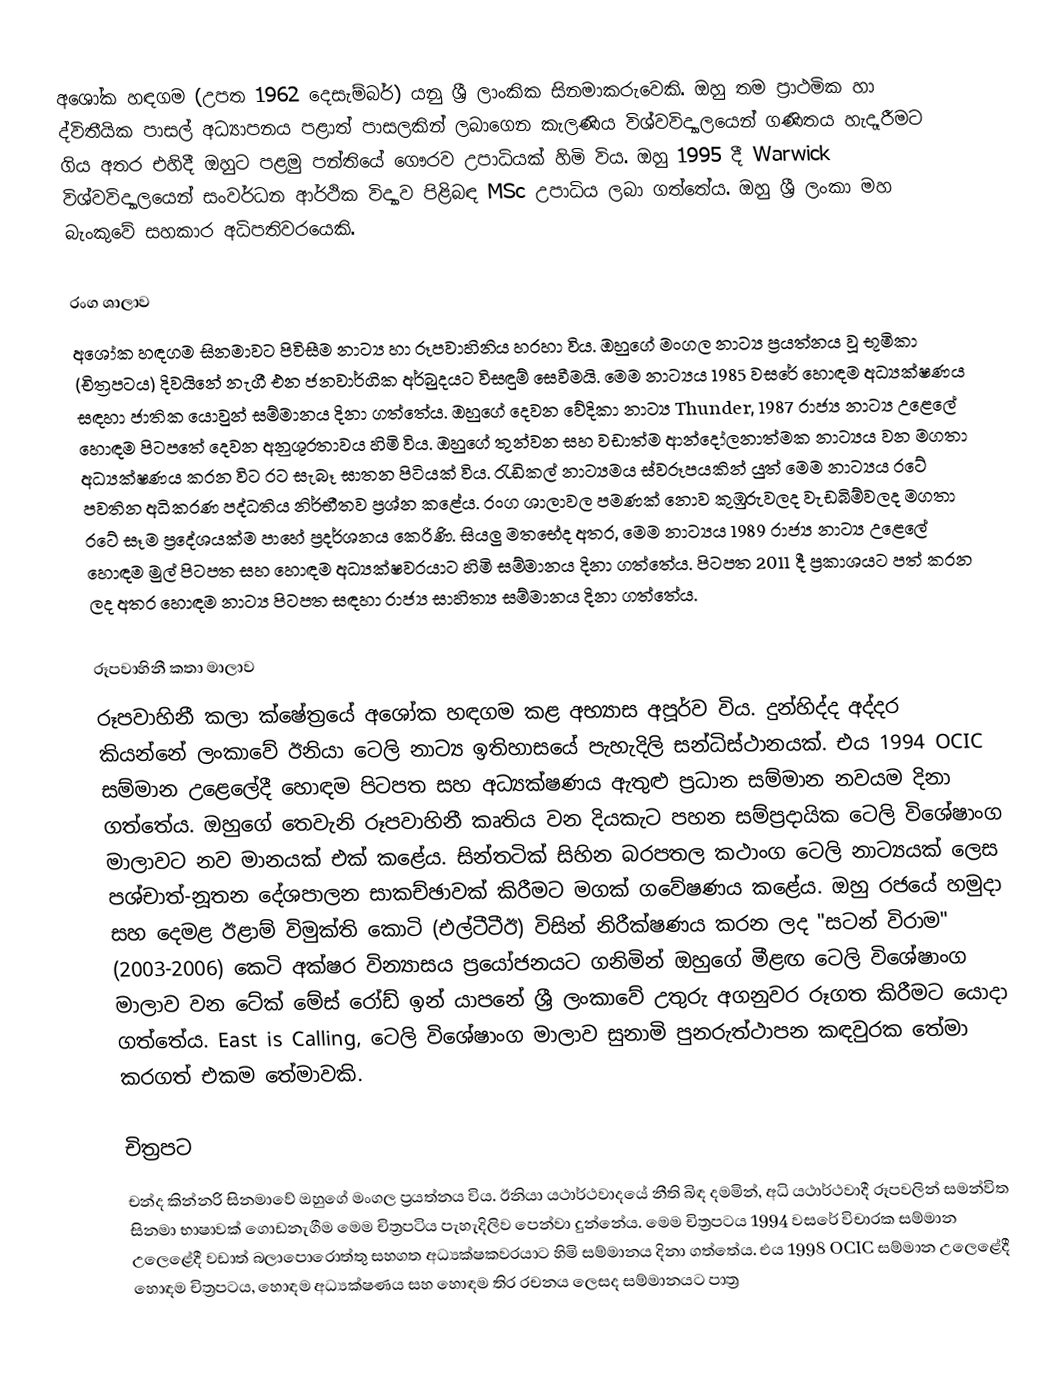
අශෝක හඳගම (උපත 1962 දෙසැම්බර්) යනු ශ්‍රී ලාංකික සිනමාකරුවෙකි. ඔහු තම ප්‍රාථමික හා ද්විතීයික පාසල් අධ්‍යාපනය පළාත් පාසලකින් ලබාගෙන කැලණිය විශ්වවිද්‍යාලයෙන් ගණිතය හැදෑරීමට ගිය අතර එහිදී ඔහුට පළමු පන්තියේ ගෞරව උපාධියක් හිමි විය. ඔහු 1995 දී Warwick විශ්වවිද්‍යාලයෙන් සංවර්ධන ආර්ථික විද්‍යාව පිළිබඳ MSc උපාධිය ලබා ගත්තේය. ඔහු ශ්‍රී ලංකා මහ බැංකුවේ සහකාර අධිපතිවරයෙකි.

රංග ශාලාව
අශෝක හඳගම සිනමාවට පිවිසීම නාට්‍ය හා රූපවාහිනිය හරහා විය. ඔහුගේ මංගල නාට්‍ය ප්‍රයත්නය වූ භූමිකා (චිත්‍රපටය) දිවයිනේ නැගී එන ජනවාර්ගික අර්බුදයට විසඳුම් සෙවීමයි. මෙම නාට්‍යය 1985 වසරේ හොඳම අධ්‍යක්ෂණය සඳහා ජාතික යොවුන් සම්මානය දිනා ගත්තේය. ඔහුගේ දෙවන වේදිකා නාට්‍ය Thunder, 1987 රාජ්‍ය නාට්‍ය උළෙලේ හොඳම පිටපතේ දෙවන අනුශූරතාවය හිමි විය. ඔහුගේ තුන්වන සහ වඩාත්ම ආන්දෝලනාත්මක නාට්‍යය වන මගතා අධ්‍යක්ෂණය කරන විට රට සැබෑ ඝාතන පිටියක් විය. රැඩිකල් නාට්‍යමය ස්වරූපයකින් යුත් මෙම නාට්‍යය රටේ පවතින අධිකරණ පද්ධතිය නිර්භීතව ප්‍රශ්න කළේය. රංග ශාලාවල පමණක් නොව කුඹුරුවලද වැඩබිම්වලද මගතා රටේ සෑම ප්‍රදේශයක්ම පාහේ ප්‍රදර්ශනය කෙරිණි. සියලු මතභේද අතර, මෙම නාට්‍යය 1989 රාජ්‍ය නාට්‍ය උළෙලේ හොඳම මුල් පිටපත සහ හොඳම අධ්‍යක්ෂවරයාට හිමි සම්මානය දිනා ගත්තේය. පිටපත 2011 දී ප්‍රකාශයට පත් කරන ලද අතර හොඳම නාට්‍ය පිටපත සඳහා රාජ්‍ය සාහිත්‍ය සම්මානය දිනා ගත්තේය.

රූපවාහිනී කතා මාලාව
රූපවාහිනී කලා ක්ෂේත්‍රයේ අශෝක හඳගම කළ අභ්‍යාස අපූර්ව විය. දුන්හිද්ද අද්දර කියන්නේ ලංකාවේ ඊනියා ටෙලි නාට්‍ය ඉතිහාසයේ පැහැදිලි සන්ධිස්ථානයක්. එය 1994 OCIC සම්මාන උළෙලේදී හොඳම පිටපත සහ අධ්‍යක්ෂණය ඇතුළු ප්‍රධාන සම්මාන නවයම දිනා ගත්තේය. ඔහුගේ තෙවැනි රූපවාහිනී කෘතිය වන දියකැට පහන සම්ප්‍රදායික ටෙලි විශේෂාංග මාලාවට නව මානයක් එක් කළේය. සින්තටික් සිහින බරපතල කථාංග ටෙලි නාට්‍යයක් ලෙස පශ්චාත්-නූතන දේශපාලන සාකච්ඡාවක් කිරීමට මගක් ගවේෂණය කළේය. ඔහු රජයේ හමුදා සහ දෙමළ ඊළාම් විමුක්ති කොටි (එල්ටීටීඊ) විසින් නිරීක්ෂණය කරන ලද "සටන් විරාම" (2003-2006) කෙටි අක්ෂර වින්‍යාසය ප්‍රයෝජනයට ගනිමින් ඔහුගේ මීළඟ ටෙලි විශේෂාංග මාලාව වන ටේක් මේස් රෝඩ් ඉන් යාපනේ ශ්‍රී ලංකාවේ උතුරු අගනුවර රූගත කිරීමට යොදා ගත්තේය. East is Calling, ටෙලි විශේෂාංග මාලාව සුනාමි පුනරුත්ථාපන කඳවුරක තේමා කරගත් එකම තේමාවකි.

චිත්‍රපට
චන්ද කින්නරි සිනමාවේ ඔහුගේ මංගල ප්‍රයත්නය විය. ඊනියා යථාර්ථවාදයේ නීති බිඳ දමමින්, අධි යථාර්ථවාදී රූපවලින් සමන්විත සිනමා භාෂාවක් ගොඩනැගීම මෙම චිත්‍රපටිය පැහැදිලිව පෙන්වා දුන්නේය. මෙම චිත්‍රපටය 1994 වසරේ විචාරක සම්මාන උලෙළේදී වඩාත් බලාපොරොත්තු සහගත අධ්‍යක්ෂකවරයාට හිමි සම්මානය දිනා ගත්තේය. එය 1998 OCIC සම්මාන උලෙළේදී හොඳම චිත්‍රපටය, හොඳම අධ්‍යක්ෂණය සහ හොඳම තිර රචනය ලෙසද සම්මානයට පාත්‍ර